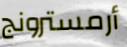
أرمسترونج